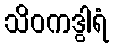
သိဝကဒွါရံ